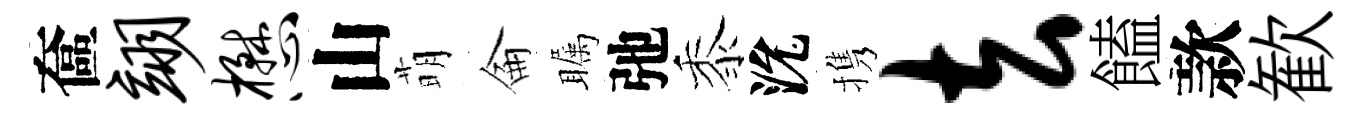
奩翊懋山萌侖瞩弛黍沇携去饁款歓